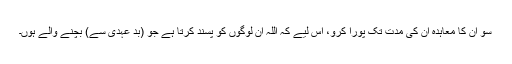
سو اُن کا معاہدہ اُن کی مدت تک پورا کرو، اِس لیے کہ اللہ اُن لوگوں کو پسند کرتا ہے جو (بد عہدی سے) بچنے والے ہوں۔